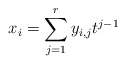
\begin{align*} x_i = \sum_{j=1}^r y_{i, j} t^{j-1} \end{align*}